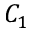
C _ { 1 }